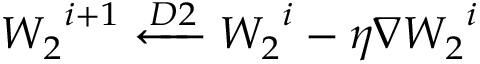
\boldsymbol { W _ { 2 } } ^ { i + 1 } \xleftarrow { D 2 } \boldsymbol { W _ { 2 } } ^ { i } - \eta \nabla \boldsymbol { W _ { 2 } } ^ { i }